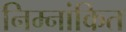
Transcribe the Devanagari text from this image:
निम्नांकित